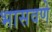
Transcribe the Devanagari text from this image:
भासवणे